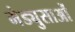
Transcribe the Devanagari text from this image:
मेड्युसाओं